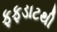
ફફડાટથી